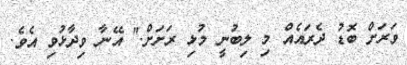
ވަރަށް ބޮޑު ދެރައެއް މި ލިބުނީ މުޅި ރަށަށް." އޭނާ ވިދާޅުވި އެވެ.